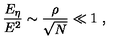
\frac { E _ { \eta } } { E ^ { 2 } } \sim \frac { \rho } { \sqrt { N } } \ll 1 \ ,